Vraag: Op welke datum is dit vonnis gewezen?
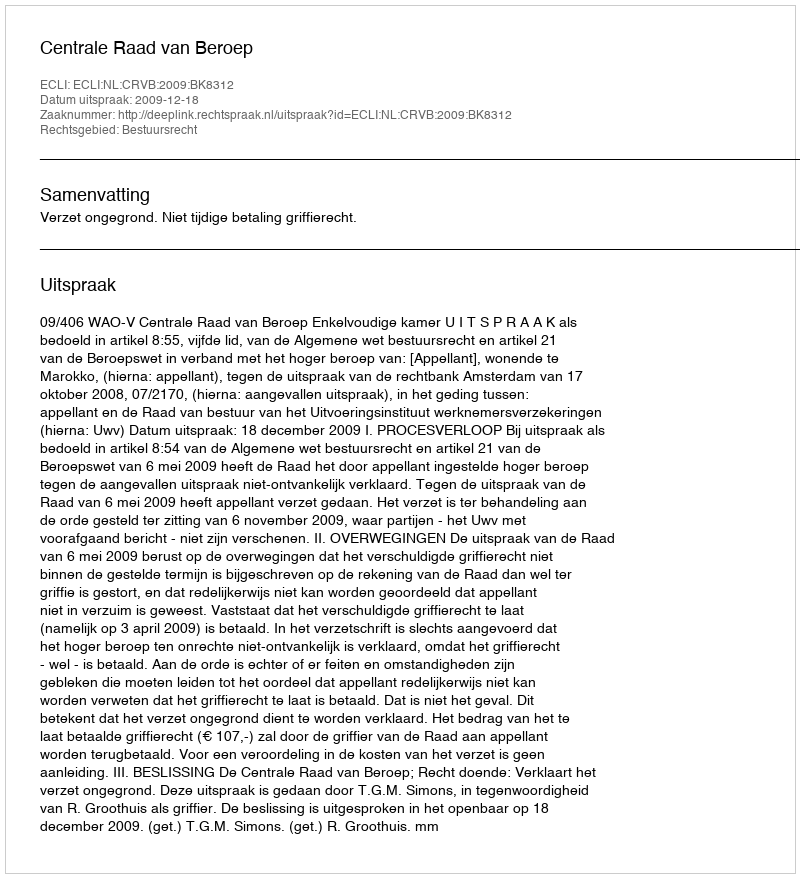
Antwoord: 2009-12-18